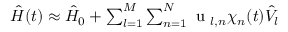
\begin{array} { r } { \hat { H } ( t ) \approx \hat { H } _ { 0 } + \sum _ { l = 1 } ^ { M } \sum _ { n = 1 } ^ { N } \mathrm { ~ u ~ } _ { l , n } \chi _ { n } ( t ) \hat { V _ { l } } } \end{array}